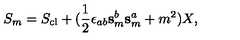
S _ { m } = S _ { \mathrm { c l } } + ( \mathrm { \frac { 1 } { 2 } } \epsilon _ { a b } \mathbf { s } _ { m } ^ { b } \mathbf { s } _ { m } ^ { a } + m ^ { 2 } ) X ,